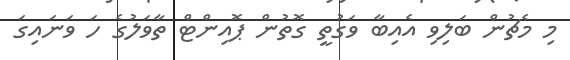
މި މެޗުން ބަލިވި އެއިބާ ވަގުތީ ގޮތުން ޕޮއިންޓް ތާވަލުގެ ހަ ވަނައިގަ